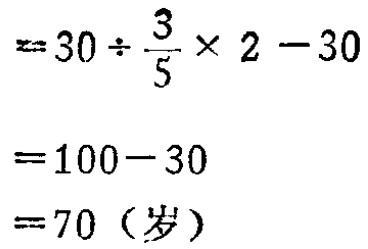
\[

\begin{align*}

&=30\div\frac{3}{5}\times2 - 30\\

&=100 - 30\\

&=70（岁）

\end{align*}

\]